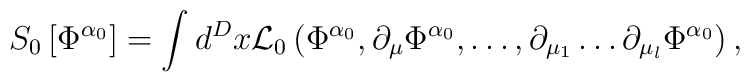
S_0\left[ \Phi ^{\alpha _0}\right] =\int d^Dx{\cal L}_0\left( \Phi^{\alpha _0},\partial _\mu \Phi ^{\alpha _0},\ldots ,\partial _{\mu_1}\ldots \partial _{\mu _l}\Phi ^{\alpha _0}\right) ,